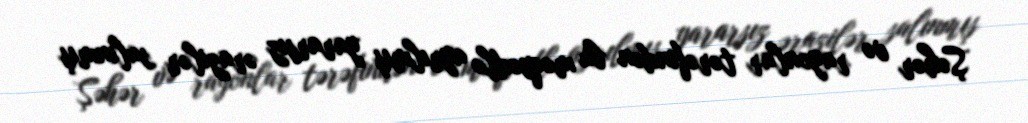
Şəhər və rayonlar tərəfindən bu məqsədlə ayrılmış yararsız ərazilər salınmış